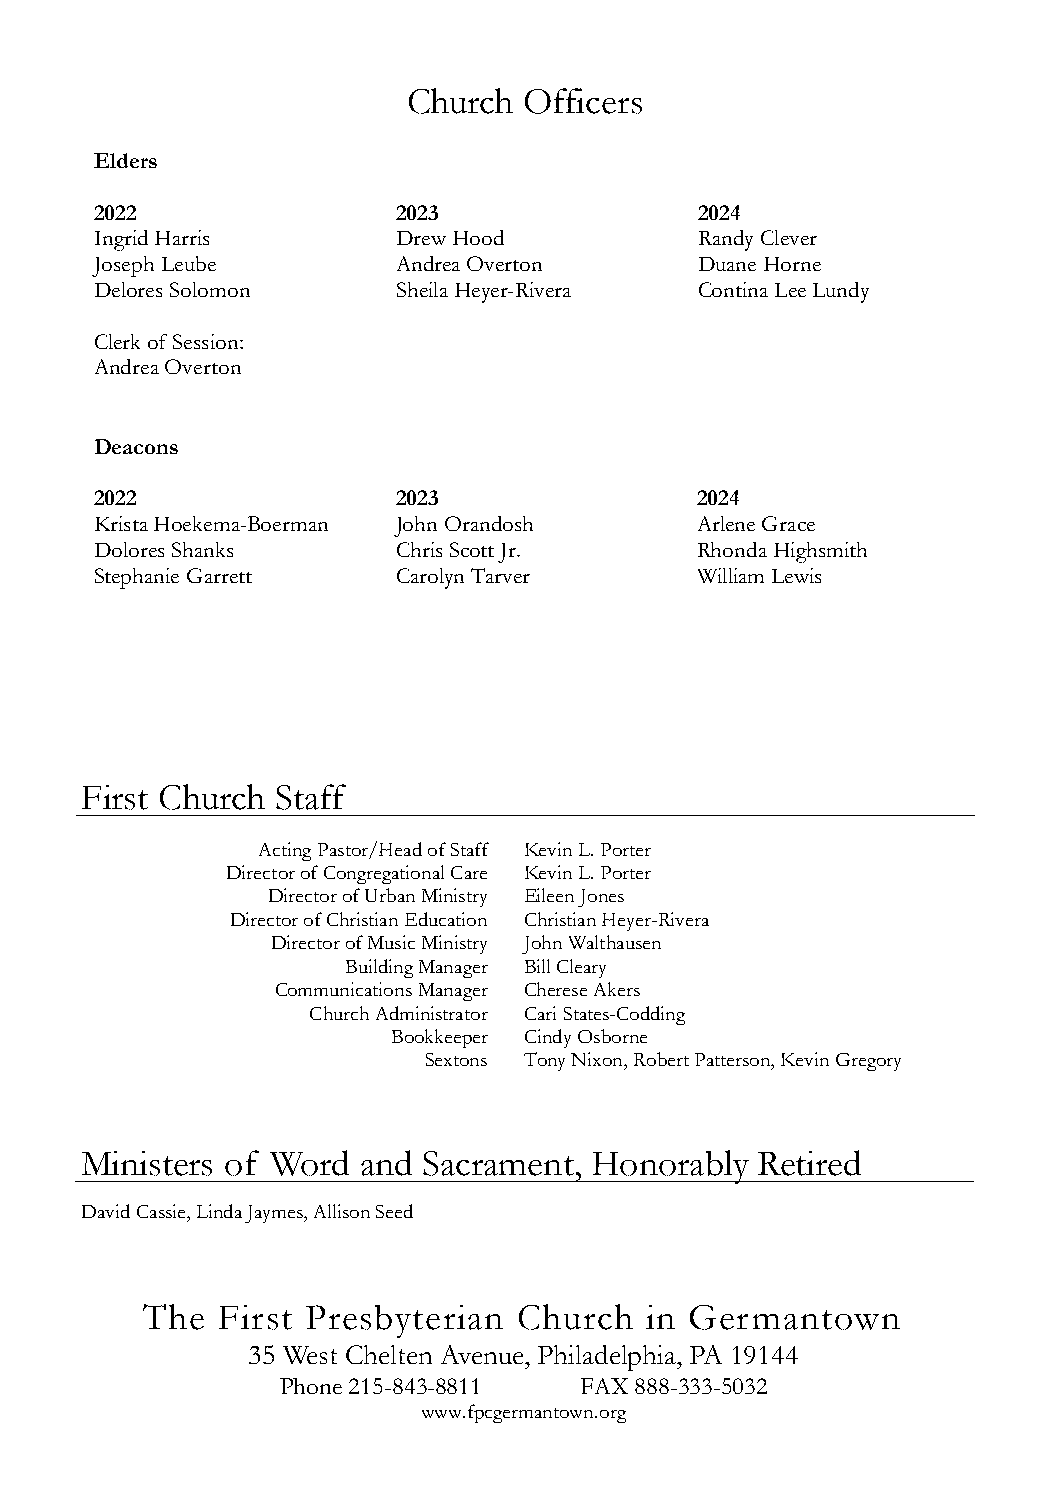
Church  Officers
 Elders
 2022                2023                2024
 Ingrid Harris       Drew Hood           Randy Clever
 Joseph Leube        Andrea Overton      Duane Horne
 Delores Solomon     Sheila Heyer-Rivera Contina Lee Lundy
 Clerk of Session:
 Andrea Overton
 Deacons
 2022                2023                2024
 Krista Hoekema-Boerman John Orandosh    Arlene Grace
 Dolores Shanks      Chris Scott Jr.     Rhonda Highsmith
 Stephanie Garrett   Carolyn Tarver      William Lewis
 First Church Staff
 Acting Pastor/Head of Staff Kevin L. Porter
 Director of Congregational Care Kevin L. Porter
 Director of Urban Ministry Eileen Jones
 Director of Christian Education Christian Heyer-Rivera
 Director of Music Ministry John Walthausen
 Building Manager Bill Cleary
 Communications Manager Cherese Akers
 Church Administrator Cari States-Codding
 Bookkeeper Cindy Osborne
 Sextons Tony Nixon, Robert Patterson, Kevin Gregory
 Seminarian
 Ministers of Word  and Sacrament, Honorably  Retired
 David Cassie, Linda Jaymes, Allison Seed
 The  First Presbyterian  Church   in Germantown
 35 West Chelten Avenue, Philadelphia, PA 19144
 Phone 215-843-8811 FAX 888-333-5032
 www.fpcgermantown.org